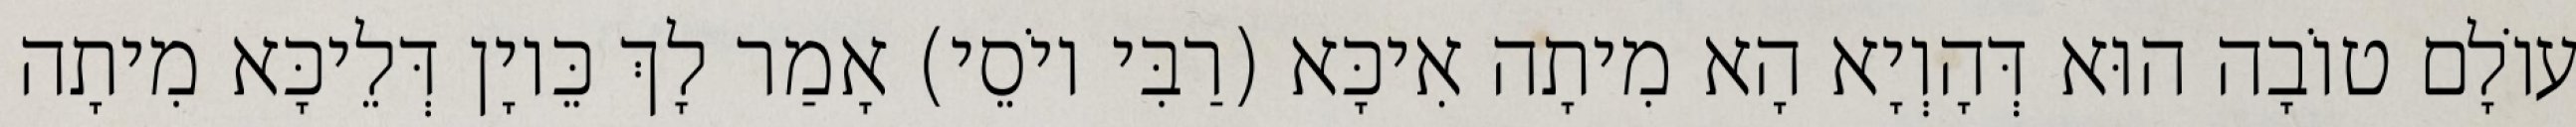
עוֹלָם טוֹבָה הוּא דְּהָוְיָא הָא מִיתָה אִיכָּא (רַבִּי יוֹסֵי) אָמַר לָךְ כֵּיוָן דְּלֵיכָּא מִיתָה